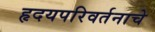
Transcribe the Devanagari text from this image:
हृदयपरिवर्तनाचे